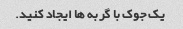
یک جوک با گربه ها ایجاد کنید.